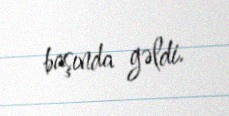
başında gəldi.